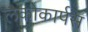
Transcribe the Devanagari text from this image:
लैकोकार्पस